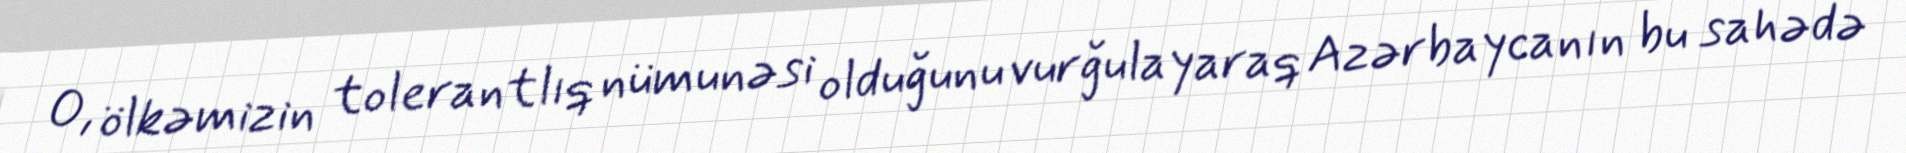
O, ölkəmizin tolerantlıq nümunəsi olduğunu vurğulayaraq Azərbaycanın bu sahədə